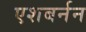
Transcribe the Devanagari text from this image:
एशबर्नन